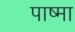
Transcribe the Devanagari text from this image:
पाष्मा